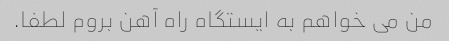
من می خواهم به ایستگاه راه آهن بروم لطفا.